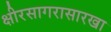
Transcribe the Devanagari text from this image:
क्षीरसागरासारखा